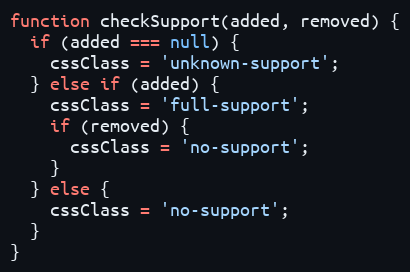
Language: JavaScript
function checkSupport(added, removed) {
  if (added === null) {
    cssClass = 'unknown-support';
  } else if (added) {
    cssClass = 'full-support';
    if (removed) {
      cssClass = 'no-support';
    }
  } else {
    cssClass = 'no-support';
  }
}